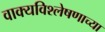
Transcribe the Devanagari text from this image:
वाक्यविश्लेषणाच्या